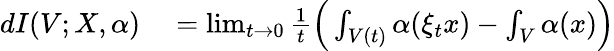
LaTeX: \begin{array}{rl}{dI(V;X,\alpha)}&{{}=\operatorname*{lim}_{t\to 0}\frac{1}{t}\Big(\int_{V(t)}\alpha(\xi_{t}x)-\int_{V}\alpha(x)\Big)}\end{array}